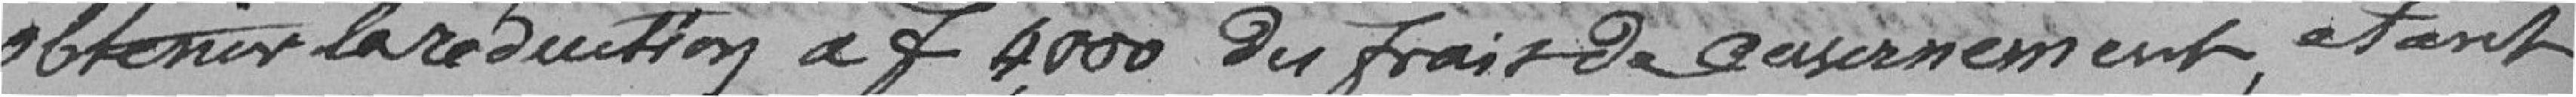
obtenir la réduction à 4000 du frais de casernement, étant